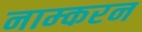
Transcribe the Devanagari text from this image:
नाम्करन